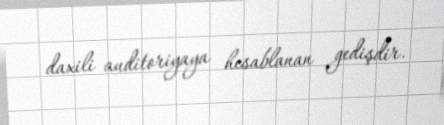
daxili auditoriyaya hesablanan gedişdir.